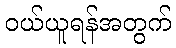
ဝယ်ယူရန်အတွက်